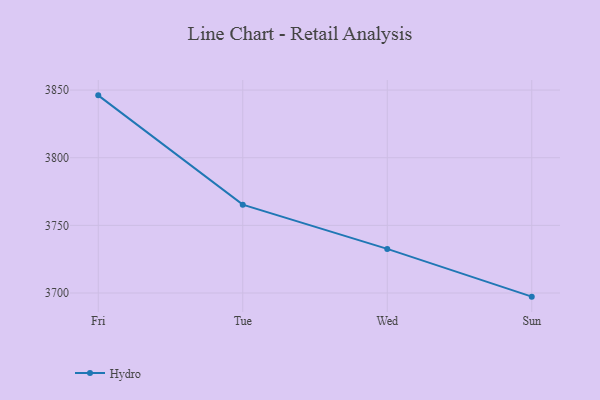
{"axis": {"x": "Day", "y": "Gross Profit (USD K)"}, "legend": ["Hydro"], "data": [{"x": "Fri", "y": 3846.1, "type": "Hydro"}, {"x": "Tue", "y": 3765.3, "type": "Hydro"}, {"x": "Wed", "y": 3732.6, "type": "Hydro"}, {"x": "Sun", "y": 3697.3, "type": "Hydro"}]}